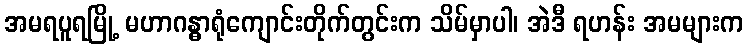
အမရပူရမြို့ မဟာဂန္ဓာရုံကျောင်းတိုက်တွင်းက သိမ်မှာပါ၊ အဲဒီ ရဟန်း အမများက